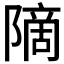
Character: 𫕒